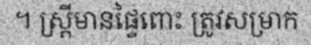
។ ស្ត្រីមានផ្ទៃពោះ ត្រូវសម្រាក